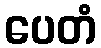
ပေတံ